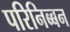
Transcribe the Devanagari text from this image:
परिनिब्बन